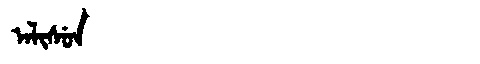
Manchu: ᠠᠯᡳᠰᡠᠨ
Romanization: ALISUN